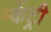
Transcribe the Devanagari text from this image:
म्केंट्री